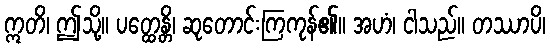
ဣတိ၊ ဤသို့။ ပတ္ထေန္တိ၊ ဆုတောင်းကြကုန်၏။ အဟံ၊ ငါသည်။ တဿာပိ၊